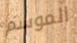
الموسم